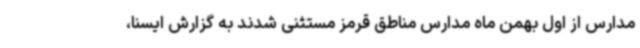
مدارس از اول بهمن ماه مدارس مناطق قرمز مستثنی شدند به گزارش ایسنا،